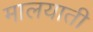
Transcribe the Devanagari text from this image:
मालयाती